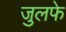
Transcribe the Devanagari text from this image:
जुलफे